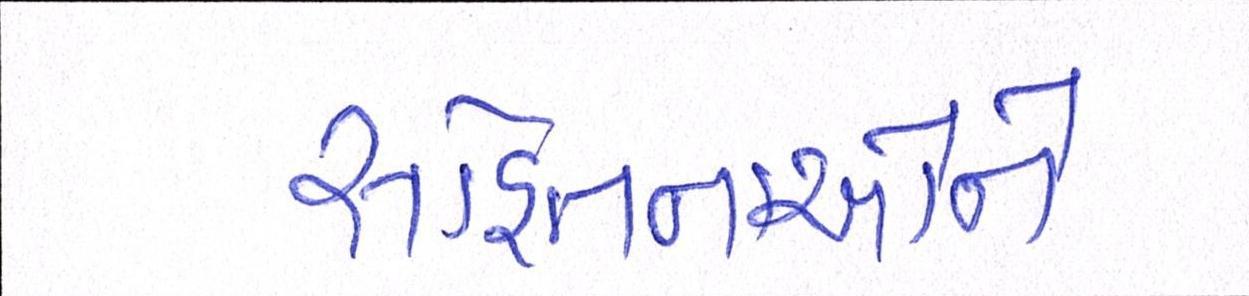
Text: સહિતનાઓને